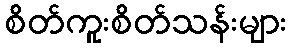
စိတ်ကူးစိတ်သန်းများ